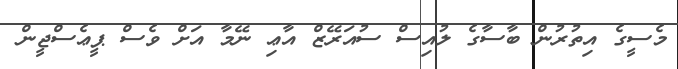
މެސީގެ އިތުރުން ބާސާގެ ލުއިސް ސުއަރޭޒް އާޢި ނޭމާ އަށް ވެސް ޕީޢެސްޖީން